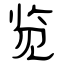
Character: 览